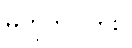
မဟုတ်ပါဘူး။